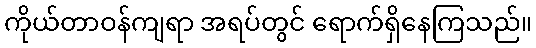
ကိုယ်တာဝန်ကျရာ အရပ်တွင် ရောက်ရှိနေကြသည်။